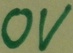
Text: 0V